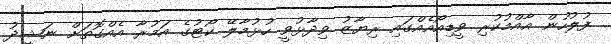
ފުލުހުން އާއްމުކުރި ވީޑިއޯއެއްގައި ރިޔާޒު ވިދާޅުވީ ހުޅުމާލޭ ކޯޓުގެ އަމުރާ އެއްގޮތަށް ނަޝީދު